Annual statistical returns and brief notes on vaccination in Bengal - 1909-1929
Year: 1909
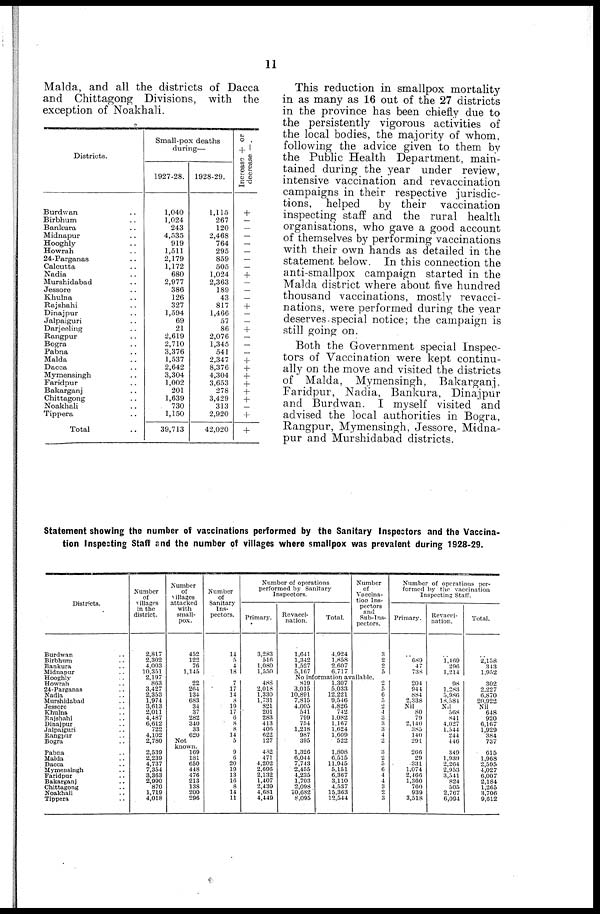
11
Malda, and all the districts of Dacca
and Chittagong Divisions, with the
exception of Noakhali.
Districts.
Burdwan ..
Birbhum ..
Bankura ..
Midnapur ..
Hooghly ..
Howrah ..
24-Parganas ..
Calcutta ..
Nadia ..
Murshidabad ..
Jessore ..
Khulna ..
Rajshahi ..
Dinajpur ..
Jalpaiguri ..
Darjeeling ..
Rangpur ..
Bogra ..
Pabna ..
Malda ..
Dacca ..
Mymensingh ..
Faridpur ..
Bakarganj ..
Chittagong ..
Noakhali ..
Tippera ..
Total ..
Small-pox deaths
during—
1927-28.
1,040
1,024
243
4,535
919
1,511
2,179
1,172
680
2,977
386
126
327
1,594
69
21
2,619
2,710
3,376
1,537
2,642
3,304
1,002
201
1,639
730
1,150
39,713
1928-29.
1,115
267
120
2,468
764
295
859
505
1,024
2,363
189
43
817
1,466
57
86
2,076
1,345
541
2,347
8,376
4,304
3,653
278
3,429
313
2,920
42,020
Increase + or
decrease —.
+
—
—
—
—
—
—
—
+
—
—
—
+
—
—
+
—
—
—
+
+
+
+
+
+
—
+
+
Statement showing the number of vaccinations performed by the Sanitary Inspectors and the Vaccina-
tion Inspecting Staff and the number of villages where smallpox was prevalent during 1928-29.
Districts.
Burdwan
..
Birbhum
..
Bankura
..
Midnapur
..
Hooghly
..
Howrah
..
24-Parganas ..
Nadia ..
Murshidabad ..
Jessore ..
Khulna ..
Rajshahi
..
Dinajpur
..
Jalpaiguri
..
Rangpur ..
Bogra ..
Pabna ..
Malda ..
Dacca
..
Mymensingh
..
Faridpur
..
Bakarganj
..
Chittagong
..
Noakhali
..
Tippera ..
Number
of
villages
in the
district.
2,817
2,302
4,003
10,351
2,197
863
3,427
2,353
1,974
3,613
2,011
4,487
6,612
722
4,102
2,780
2,539
2,239
4,737
7,354
3,363
2,990
870
1,719
4,018
Number
of
villages
attacked
with
small-
pox.
452
122
76
1,145
Number
of
Sanitary
Ins-
pectors.
14
5
4
18
Number of operations
performed by Sanitary
Inspectors.
Primary.
3,283
516
1,080
1,550
Revacci-
nation.
1,641
1,342
1,527
5,167
Total.
4,924
1,858
2,607
6,717
Number
of
Vaccina-
tion Ins-
pectors
and
Sub-Ins-
pectors.
3
2
2
5
Number of operations per-
formed by the vaccination
Inspecting Stall.
Primary.
..
689
47
738
Revacci-
nation.
..
1,469
296
1,214
Total.
..
2,158
343
1,952
No information available.
22
264
134
683
34
37
282
340
33
620
Not
known.
169
181
650
448
476
213
138
200
296
7
17
14
8
19
17
6
8
8
14
5
9
6
20
19
13
16
8
14
11
488
2,018
1,330
1,731
821
201
283
413
406
622
127
482
471
4,202
2,696
2,132
1,407
2,439
4,681
4,449
819
3,015
10,891
7,815
4,005
541
799
754
1,218
987
395
1,326
6,044
7,743
2,455
4,235
1,703
2,098
10,682
8,095
1,307
5,033
12,221
9,546
4,826
742
1,082
1,167
1,624
1,609
522
1,808
6,515
11,945
5,151
6,367
3,110
4,537
15,363
12,544
2
5
6
5
2
4 3
3
3
4
2
3
2 5
6
4
4
3
2
3
204
944
884
2,338
Nil
80
79
2,140
385
140
291
266
29
331
1,074
2,466
1,360
760
939
3,518
98
1,283
5,986
18,581
Nil
568
841
4,027
1,544
244
446
349
1,939
2,264
2,953
3,541
824
505
2,767
6,094
302
2,227
6,870
20,922
Nil
648
920
6,167
1,929
384
737
615
1,968
2,595
4,027
6,007
2,184
1,265
3,706
9,612
This reduction in smallpox mortality
in as many as 16 out of the 27 districts
in the province has been chiefly due to
the persistently vigorous activities of
the local bodies, the majority of whom,
following the advice given to them by
the Public Health Department, main-
tained during the year under review,
intensive vaccination and revaccination
campaigns in their respective jurisdic-
tions, helped
by their vaccination
inspecting staff and the rural health
organisations, who gave a good account
of themselves by performing vaccinations
with their own hands as detailed in the
statement below. In this connection the
anti-smallpox campaign started in the
Malda district where about five hundred
thousand vaccinations, mostly revacci-
nations, were performed during the year
deserves special notice; the campaign is
still going on.
Both the Government special Inspec-
tors of Vaccination were kept continu-
ally on the move and visited the districts
of Malda, Mymensingh, Bakarganj,
Faridpur, Nadia, Bankura, Dinajpur
and Burdwan. I myself visited and
advised the local authorities in Bogra,
Rangpur, Mymensingh, Jessore, Midna-
pur and Murshidabad districts.